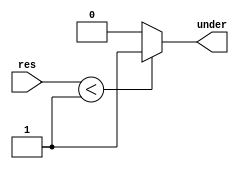
module UnderFlow(res,under);
input[30:0] res;
output reg under;
always @* begin
	if(res < 31'b0000_0000_0000_0000_0000_0000_0000_001)begin
		under=1'b1;
	end
	else begin
		under=1'b0;
	end
end

endmodule